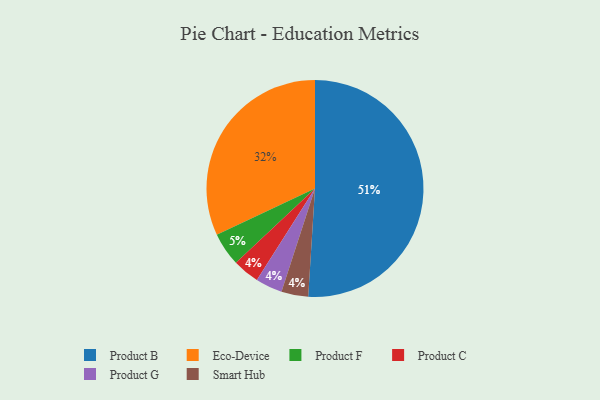
{"axis": {"x": "Category", "y": "Percentage"}, "legend": ["Eco-Device", "Product B", "Product C", "Product F", "Product G", "Smart Hub"], "data": [{"x": "Product C", "y": 4, "type": "Product C"}, {"x": "Product B", "y": 51, "type": "Product B"}, {"x": "Eco-Device", "y": 32, "type": "Eco-Device"}, {"x": "Product F", "y": 5, "type": "Product F"}, {"x": "Product G", "y": 4, "type": "Product G"}, {"x": "Smart Hub", "y": 4, "type": "Smart Hub"}]}